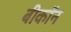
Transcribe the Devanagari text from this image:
बीकॉन